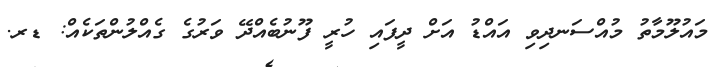
މައުލޫމާތު މުއްސަނދިވި އައްޑު އަށް ދީފައި ހުރީ ފޫނުބެއްދޭ ވަރުގެ ގެއްލުންތަކެއް: ޑރ.